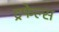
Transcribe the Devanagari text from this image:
ट्रफेल्स